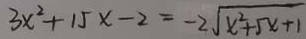
3 x ^ { 2 } + 1 5 x - 2 = - 2 \sqrt { x ^ { 2 } + 5 x + 1 }